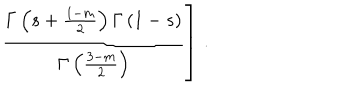
\left. \frac { \Gamma \left( s + \frac { 1 - m } { 2 } \right) \Gamma \left( 1 - s \right) } { \Gamma \left( \frac { 3 - m } { 2 } \right) } \right] \, .